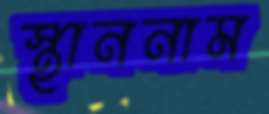
স্থাননাম